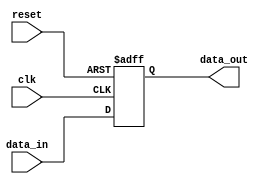
module SISO_shift_register (
    input clk,
    input reset,
    input data_in,
    output reg data_out
);

reg [3:0] register; // 4-bit shift register

assign data_out = register[0]; // Output the oldest bit

always @(posedge clk or posedge reset) begin
    if (reset) begin
        register <= 4'b0000; // Reset the register
    end else begin
        register <= {register[2:0], data_in}; // Shift data through the register
    end
end

endmodule